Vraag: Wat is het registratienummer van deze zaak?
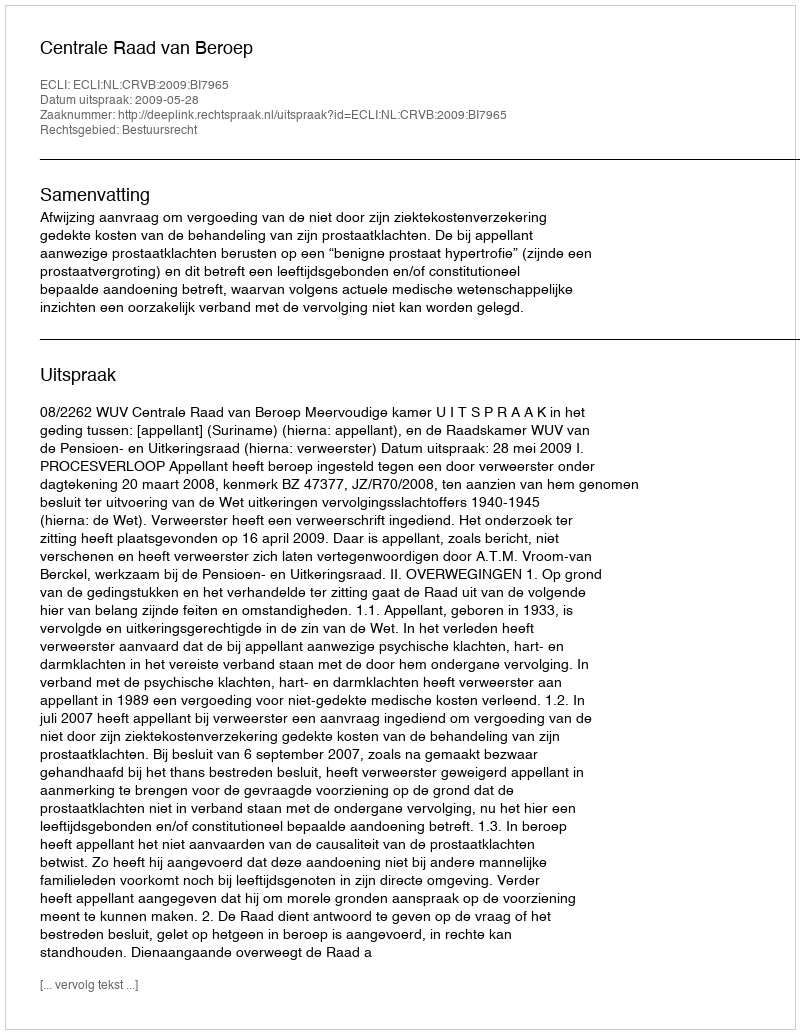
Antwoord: http://deeplink.rechtspraak.nl/uitspraak?id=ECLI:NL:CRVB:2009:BI7965